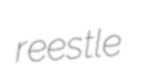
reestle